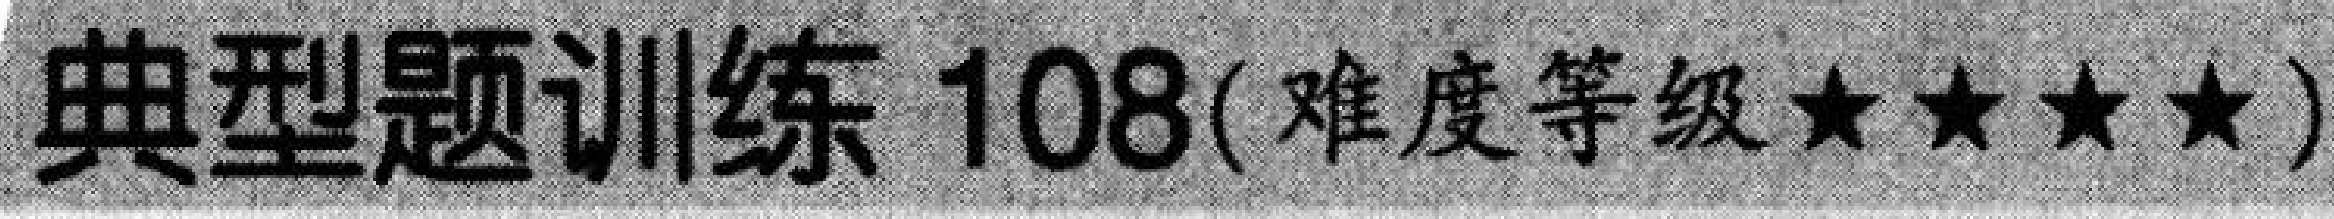
典型题训练 \(108\)（难度等级 \(\star\star\star\star\)）